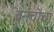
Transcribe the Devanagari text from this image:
वनचोंचा